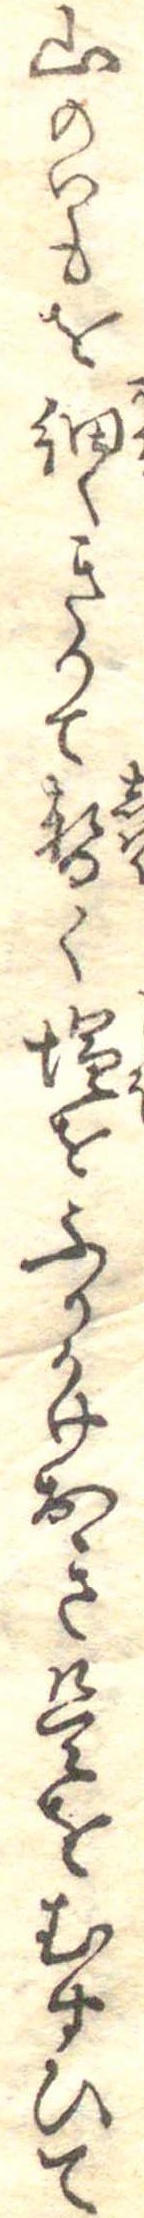
山のいもを細くきりて暫く塩をふりかけおき是をむすひて